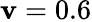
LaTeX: \mathbf{v}=0.6